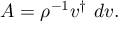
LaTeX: A = \rho ^ { - 1 } v ^ { \dagger } \ d v .